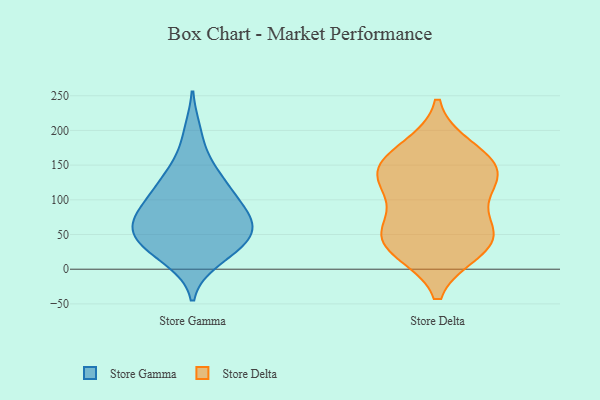
{"axis": {"x": "Headcount", "y": "Value"}, "legend": ["Store Delta", "Store Gamma"], "data": [{"x": "", "y": 90, "type": "Store Gamma"}, {"x": "", "y": 149, "type": "Store Gamma"}, {"x": "", "y": 136, "type": "Store Gamma"}, {"x": "", "y": 71, "type": "Store Gamma"}, {"x": "", "y": 60, "type": "Store Gamma"}, {"x": "", "y": 115, "type": "Store Gamma"}, {"x": "", "y": 55, "type": "Store Gamma"}, {"x": "", "y": 76, "type": "Store Gamma"}, {"x": "", "y": 58, "type": "Store Gamma"}, {"x": "", "y": 14, "type": "Store Gamma"}, {"x": "", "y": 42, "type": "Store Gamma"}, {"x": "", "y": 24, "type": "Store Gamma"}, {"x": "", "y": 48, "type": "Store Gamma"}, {"x": "", "y": 197, "type": "Store Gamma"}, {"x": "", "y": 27, "type": "Store Gamma"}, {"x": "", "y": 112, "type": "Store Gamma"}, {"x": "", "y": 94, "type": "Store Gamma"}, {"x": "", "y": 58, "type": "Store Delta"}, {"x": "", "y": 173, "type": "Store Delta"}, {"x": "", "y": 155, "type": "Store Delta"}, {"x": "", "y": 54, "type": "Store Delta"}, {"x": "", "y": 46, "type": "Store Delta"}, {"x": "", "y": 132, "type": "Store Delta"}, {"x": "", "y": 118, "type": "Store Delta"}, {"x": "", "y": 32, "type": "Store Delta"}, {"x": "", "y": 151, "type": "Store Delta"}, {"x": "", "y": 28, "type": "Store Delta"}, {"x": "", "y": 124, "type": "Store Delta"}]}